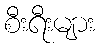
စီးရီးများ